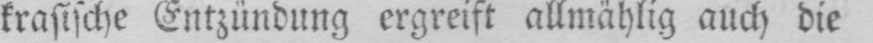
krasische Entzündung ergreift allmählig auch die